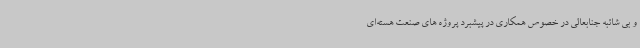
و بی شائبه جنابعالی در خصوص همکاری در پیشبرد پروژه های صنعت هسته‌ای